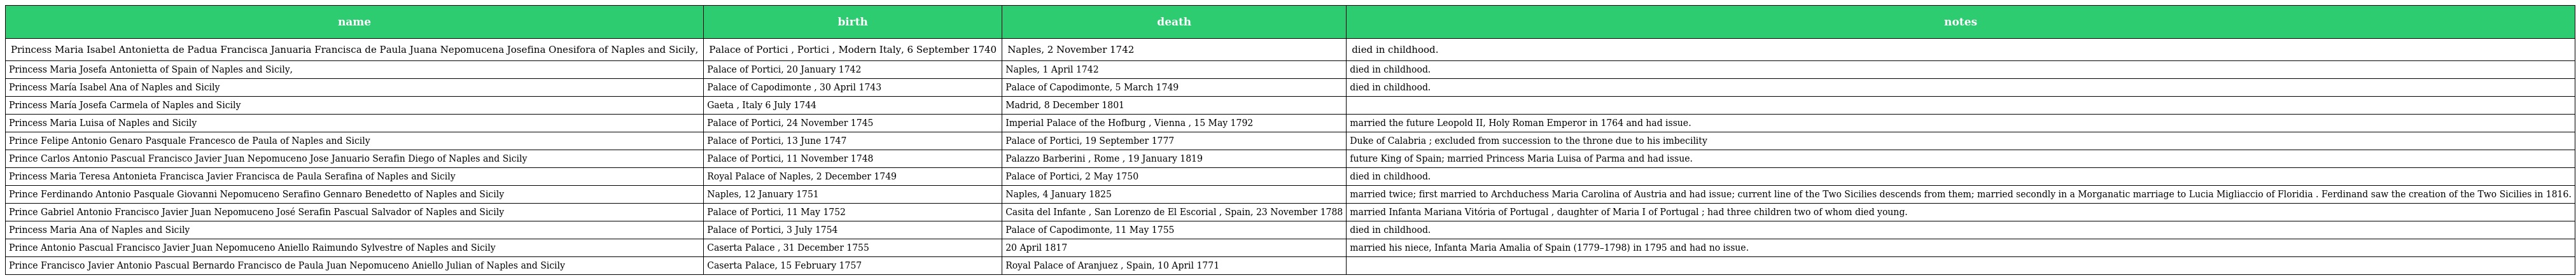
| name | birth | death | notes |
 | --- | --- | --- | --- |
 | Princess Maria Isabel Antonietta de Padua Francisca Januaria Francisca de Paula Juana Nepomucena Josefina Onesifora of Naples and Sicily, | Palace of Portici , Portici , Modern Italy, 6 September 1740 | Naples, 2 November 1742 | died in childhood. |
 | Princess Maria Josefa Antonietta of Spain of Naples and Sicily, | Palace of Portici, 20 January 1742 | Naples, 1 April 1742 | died in childhood. |
 | Princess María Isabel Ana of Naples and Sicily | Palace of Capodimonte , 30 April 1743 | Palace of Capodimonte, 5 March 1749 | died in childhood. |
 | Princess María Josefa Carmela of Naples and Sicily | Gaeta , Italy 6 July 1744 | Madrid, 8 December 1801 |  |
 | Princess Maria Luisa of Naples and Sicily | Palace of Portici, 24 November 1745 | Imperial Palace of the Hofburg , Vienna , 15 May 1792 | married the future Leopold II, Holy Roman Emperor in 1764 and had issue. |
 | Prince Felipe Antonio Genaro Pasquale Francesco de Paula of Naples and Sicily | Palace of Portici, 13 June 1747 | Palace of Portici, 19 September 1777 | Duke of Calabria ; excluded from succession to the throne due to his imbecility |
 | Prince Carlos Antonio Pascual Francisco Javier Juan Nepomuceno Jose Januario Serafin Diego of Naples and Sicily | Palace of Portici, 11 November 1748 | Palazzo Barberini , Rome , 19 January 1819 | future King of Spain; married Princess Maria Luisa of Parma and had issue. |
 | Princess Maria Teresa Antonieta Francisca Javier Francisca de Paula Serafina of Naples and Sicily | Royal Palace of Naples, 2 December 1749 | Palace of Portici, 2 May 1750 | died in childhood. |
 | Prince Ferdinando Antonio Pasquale Giovanni Nepomuceno Serafino Gennaro Benedetto of Naples and Sicily | Naples, 12 January 1751 | Naples, 4 January 1825 | married twice; first married to Archduchess Maria Carolina of Austria and had issue; current line of the Two Sicilies descends from them; married secondly in a Morganatic marriage to Lucia Migliaccio of Floridia . Ferdinand saw the creation of the Two Sicilies in 1816. |
 | Prince Gabriel Antonio Francisco Javier Juan Nepomuceno José Serafin Pascual Salvador of Naples and Sicily | Palace of Portici, 11 May 1752 | Casita del Infante , San Lorenzo de El Escorial , Spain, 23 November 1788 | married Infanta Mariana Vitória of Portugal , daughter of Maria I of Portugal ; had three children two of whom died young. |
 | Princess Maria Ana of Naples and Sicily | Palace of Portici, 3 July 1754 | Palace of Capodimonte, 11 May 1755 | died in childhood. |
 | Prince Antonio Pascual Francisco Javier Juan Nepomuceno Aniello Raimundo Sylvestre of Naples and Sicily | Caserta Palace , 31 December 1755 | 20 April 1817 | married his niece, Infanta Maria Amalia of Spain (1779–1798) in 1795 and had no issue. |
 | Prince Francisco Javier Antonio Pascual Bernardo Francisco de Paula Juan Nepomuceno Aniello Julian of Naples and Sicily | Caserta Palace, 15 February 1757 | Royal Palace of Aranjuez , Spain, 10 April 1771 |  |